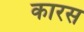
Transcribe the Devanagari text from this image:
कारस